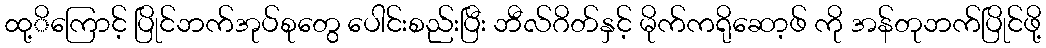
ထု့ိကြောင့် ပြိုင်ဘက်အုပ်စုတွေ ပေါင်းစည်းပြီး ဘီလ်ဂိတ်နှင့် မိုက်ကရိုဆော့ဖ် ကို အန်တုဘက်ပြိုင်ဖို့